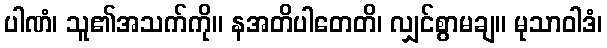
ပါဏံ၊ သူ၏အသက်ကို။ နအတိပါတေတိ၊ လျှင်စွာမချ။ မုသာဝါဒံ၊